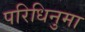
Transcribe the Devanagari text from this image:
परिधिनुमा